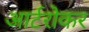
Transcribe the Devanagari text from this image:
आर्टरोकर